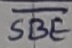
Text: SBE